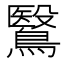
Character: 鷖